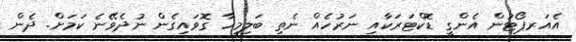
އެއަރޕޯޓުން އެންގީ ޑޮކްޓަރަކާއި ނަރުހެއް ނެތި ބަލިމީހާ ގޮވައިގެން ނުދެވޭނެ ކަމަށް. ދެން